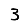
Digit: 3